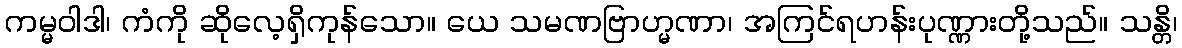
ကမ္မဝါဒါ၊ ကံကို ဆိုလေ့ရှိကုန်သော။ ယေ သမဏဗြာဟ္မဏာ၊ အကြင်ရဟန်းပုဏ္ဏားတို့သည်။ သန္တိ၊